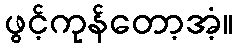
ဖွင့်ကုန်တော့အံ့။